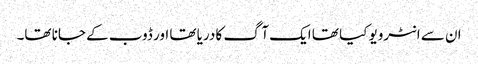
ان سے انٹرویو کیا تھا ایک آگ کا دریا تھا اور ڈوب کے جانا تھا۔